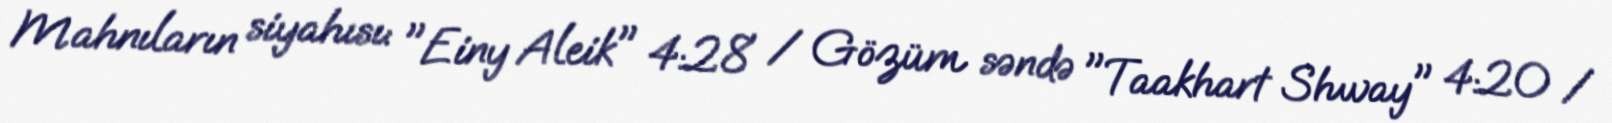
Mahnıların siyahısı: "Einy Aleik" 4:28 / Gözüm səndə "Taakhart Shway" 4:20 /